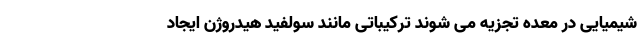
شیمیایی در معده تجزیه می شوند ترکیباتی مانند سولفید هیدروژن ایجاد